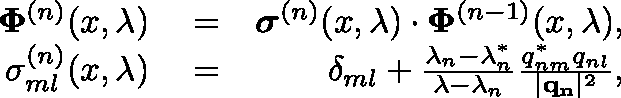
\begin{array} { r l r } { \mathbf { \Phi } ^ { ( n ) } ( x , \lambda ) } & { { } = } & { \boldsymbol { \sigma } ^ { ( n ) } ( x , \lambda ) \cdot \mathbf { \Phi } ^ { ( n - 1 ) } ( x , \lambda ) , } \\ { \sigma _ { m l } ^ { ( n ) } ( x , \lambda ) } & { { } = } & { \delta _ { m l } + \frac { \lambda _ { n } - \lambda _ { n } ^ { * } } { \lambda - \lambda _ { n } } \frac { q _ { n m } ^ { * } q _ { n l } } { | \mathbf { q _ { n } } | ^ { 2 } } , } \end{array}